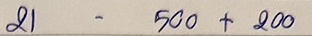
21 - 500 + 200